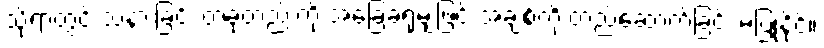
သို့ရာတွင် သနားခြင်း တခုတည်းကို အခြေခံရုံမျှဖြင့် အချစ်ကို တည်ဆောက်ခြင်း မပြုနိုင်။